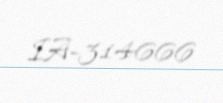
IA-314666